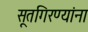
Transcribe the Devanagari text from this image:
सूतगिरण्यांना